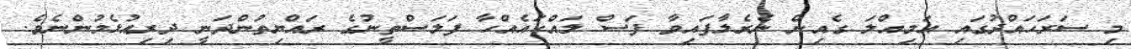
މި ސަރަޙައްދުގައި އަމިއްލަ ގެއިން ނެރެލާފައިވާ ފަސް ލައްކައެއްހާ ފަލަސްތީނުގެ ރައްޔިތުންދަނީ ދިރިއުޅެމުންނެވެ.